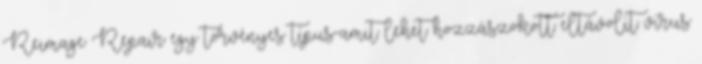
Reimage Repair egy törvényes típus-amit lehet hozzászokott eltávolít vírus